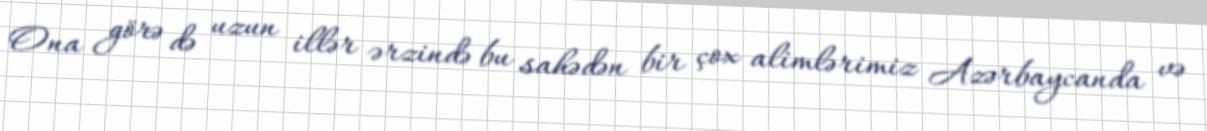
Ona görə də uzun illər ərzində bu sahədən bir çox alimlərimiz Azərbaycanda və